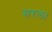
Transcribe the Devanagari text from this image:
सरल।